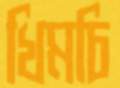
খিমচি